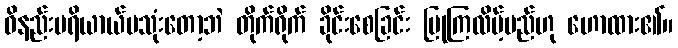
ဝိနည်းပရိယာယ်မသုံးတော့ဘဲ တိုက်ရိုက် ခိုင်းစေခြင်း ပြုကြလိမ့်မည်ဟု ဟောထား၏။